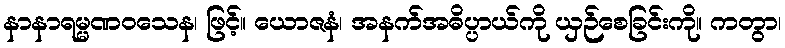
နာနာရမ္မဏဝသေန၊ ဖြင့်။ ယောဇနံ၊ အနက်အဓိပ္ပာယ်ကို ယှဉ်စေခြင်းကို။ ကတွာ၊